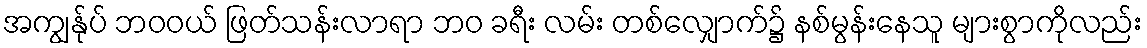
အကျွန်ုပ် ဘဝဝယ် ဖြတ်သန်းလာရာ ဘဝ ခရီး လမ်း တစ်လျှောက်၌ နစ်မွန်းနေသူ များစွာကိုလည်း